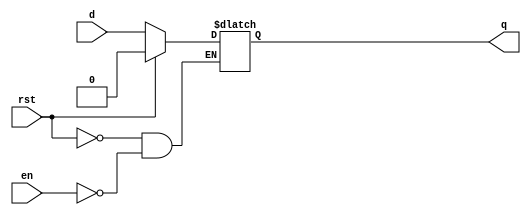
module d_lach_des(d, en, rst, q);

input d;
input en;
input rst;

output reg q;

always @(*)
	if (rst==1)
		q <=0;
	else
		if(en)
			q <= d;
endmodule